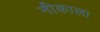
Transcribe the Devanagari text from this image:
नीकाला